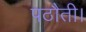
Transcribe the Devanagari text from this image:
पठौती।